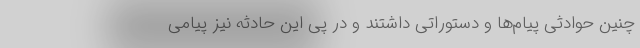
چنین حوادثی پیام‌ها و دستوراتی داشتند و در پی این حادثه نیز پیامی